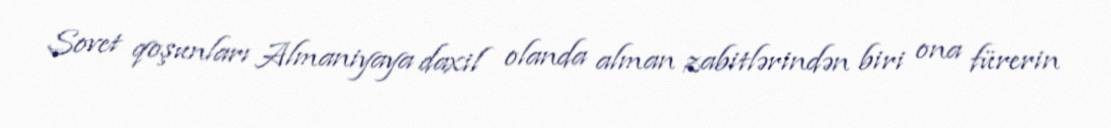
Sovet qoşunları Almaniyaya daxil olanda alman zabitlərindən biri ona fürerin